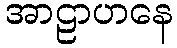
အာဠာဟနေ